Report of the Imperial Institute of Veterinary Research, Muktesar
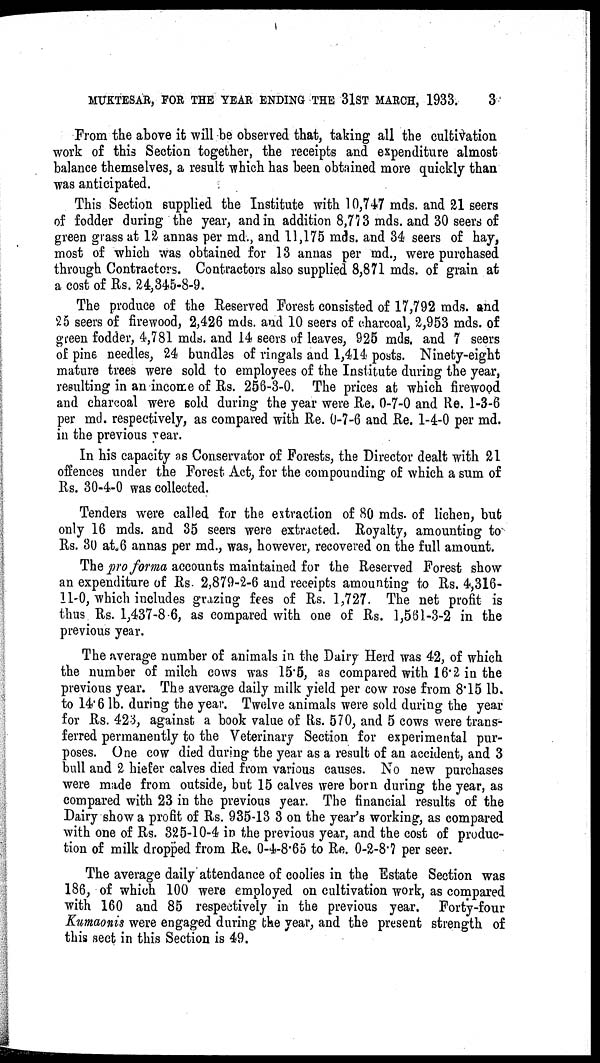
MUKTESAR, FOR THE YEAR ENDING THE 31ST MARCH, 1933.
3
From the above it will be observed that, taking all the cultivation
work of this Section together, the receipts and expenditure almost
balance themselves, a result which has been obtained more quickly than
was anticipated.
This Section supplied the Institute with 10,747 mds. and 21 seers
of fodder during the year, and in addition 8,773 mds. and 30 seers of
green grass at 12 annas per md., and 11,175 mds. and 34 seers of hay,
most of which was obtained for 13 annas per md., were purchased
through Contractors. Contractors also supplied 8,871 mds. of grain at
a cost of Rs. 24,345-8-9.
The produce of the Reserved Forest consisted of 17,792 mds. and
25 seers of firewood, 2,426 mds. and 10 seers of charcoal, 2,953 mds. of
green fodder, 4,781 mds. and 14 seers of leaves, 925 mds. and 7 seers
of pine needles, 24 bundles of ringals and 1,414 posts. Ninety-eight
mature trees were sold to employees of the Institute during the year,
resulting in an income of Rs. 256-3-0. The prices at which firewood
and charcoal were sold during the year were Re. 0-7-0 and Re. 1-3-6
per md. respectively, as compared with Re. 0-7-6 and Re. 1-4-0 per md.
in the previous year.
In his capacity as Conservator of Forests, the Director dealt with 21
offences under the Forest Act, for the compounding of which a sum of
Rs. 30-4-0 was collected.
Tenders were called for the extraction of 80 mds. of lichen, but
only 16 mds. and 35 seers were extracted. Royalty, amounting to
Rs. 30 at 6 annas per md., was, however, recovered on the full amount.
The pro forma accounts maintained for the Reserved Forest show
an expenditure of Rs 2,879-2-6 and receipts amounting to Rs. 4,316-
11-0, which includes grazing fees of Rs. 1,727. The net profit is
thus Rs. 1,437-8-6, as compared with one of Rs. 1,561-3-2 in the
previous year.
The average number of animals in the Dairy Herd was 42, of which
the number of milch cows was 15.5, as compared with 16.2 in the
previous year. The average daily milk yield per cow rose from 8.15 lb.
to 14.6 lb. during the year. Twelve animals were sold during the year
for Rs. 423, against a book value of Rs. 570, and 5 cows were trans-
ferred permanently to the Veterinary Section for experimental pur-
poses. One cow died during the year as a result of an accident, and 3
bull and 2 hiefer calves died from various causes. No new purchases
were made from outside, but 15 calves were born during the year, as
compared with 23 in the previous year. The financial results of the
Dairy show a profit of Rs. 935-13 3 on the year's working, as compared
with one of Rs. 325-10-4 in the previous year, and the cost of produc-
tion of milk dropped from Re. 0-4-8.65 to Re. 0-2-8.7 per seer.
The average daily attendance of coolies in the Estate Section was
186, of which 100 were employed on cultivation work, as compared
with 160 and 85 respectively in the previous year. Forty-four
Kumaonis were engaged during the year, and the present strength of
this sect in this Section is 49.